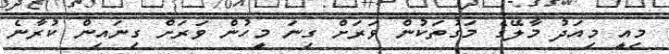
މިއީ މިއަދު މާލޭގެ މަގުތަކުން ވަރަށް ގިނަ މީހުން ވަރަށް ގިނައިން ކުރާނެ